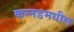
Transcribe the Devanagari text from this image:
कन्नडमधील